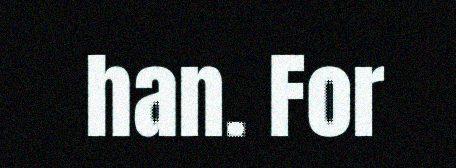
han. For